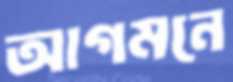
আগমনে